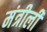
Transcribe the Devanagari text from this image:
मंत्रीली